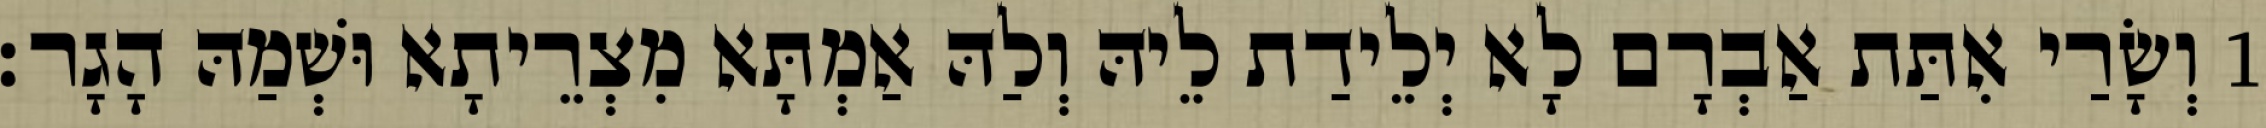
1 וְשָׂרַי אִתַּת אַבְרָם לָא יְלֵידַת לֵיהּ וְלַהּ אַמְתָּא מִצְרֵיתָא וּשְׁמַהּ הָגָר׃